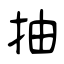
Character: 抽